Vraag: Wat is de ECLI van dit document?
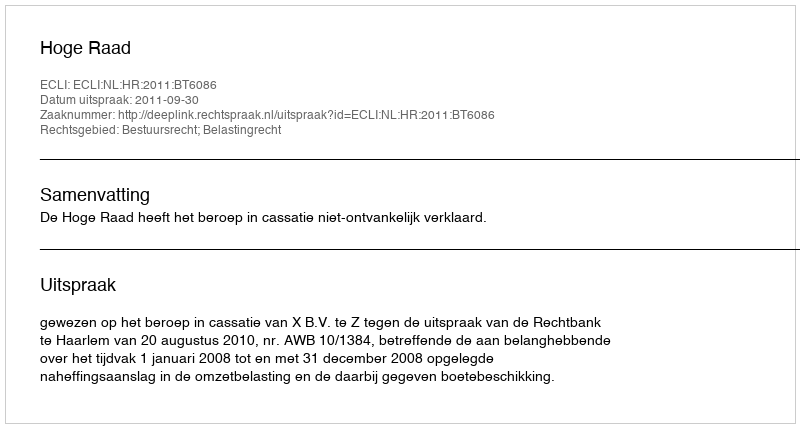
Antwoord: ECLI:NL:HR:2011:BT6086